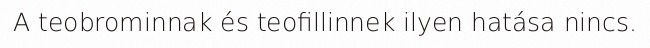
A teobrominnak és teofillinnek ilyen hatása nincs.